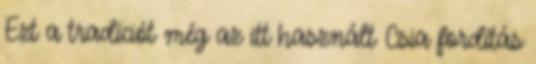
Ezt a tradíciót még az itt használt Csia fordítás